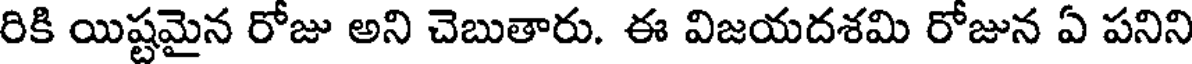
రికి యిష్టమైన రోజు అని చెబుతారు. ఈ విజయదశమి రోజున ఏ పనిని